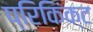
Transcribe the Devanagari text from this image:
प्रिकिंक्ट